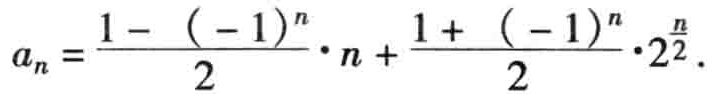
\[a_{n}=\frac{1-(-1)^{n}}{2}\cdot n+\frac{1 + (-1)^{n}}{2}\cdot2^{\frac{n}{2}}\]